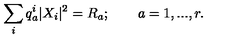
\sum _ { i } q _ { a } ^ { i } | X _ { i } | ^ { 2 } = R _ { a } ; \qquad a = 1 , . . . , r .